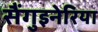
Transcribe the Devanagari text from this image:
सैंगुइनेरिया